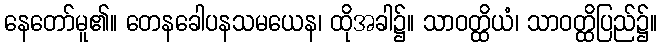
နေတော်မူ၏။ တေနခေါပနသမယေန၊ ထိုအခါ၌။ သာဝတ္ထိယံ၊ သာဝတ္ထိပြည်၌။